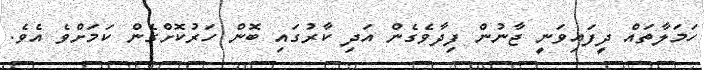
ހަމަލާތައް ދީފައިވަނީ ޖާނުން ފިދާވެގެން އަދި ކާރުގައި ބޮން ހަރުކޮށްގެން ކަމަށްވެ އެވެ.